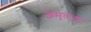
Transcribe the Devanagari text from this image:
अमृताद्य